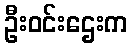
ဦးဝင်းဌေးက